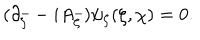
( \partial _ { \bar { \zeta } } - i A _ { \bar { \zeta } } ) \psi _ { \zeta } ( \zeta , \chi ) = 0 .